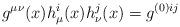
LaTeX: \begin{align*}g^{\mu\nu}(x)h^i_\mu(x)h^j_\nu(x) = g^{(0)ij}\end{align*}